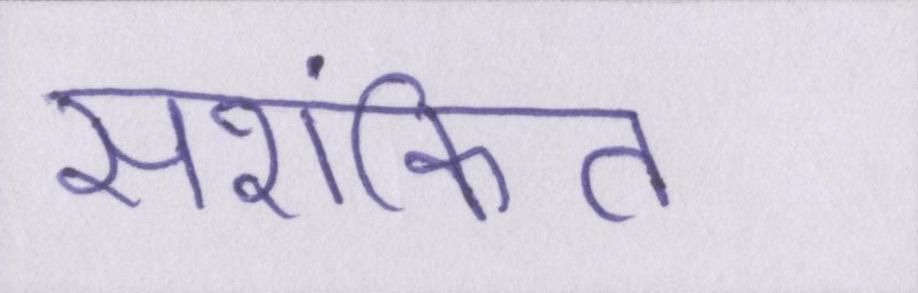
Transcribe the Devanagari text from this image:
सशंकित